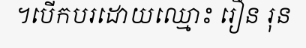
។បើកបរដោយឈ្មោះ រឿន រុន